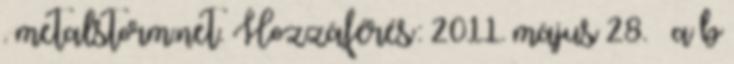
. metalstorm.net. Hozzáférés: 2011. május 28. ↑ a b